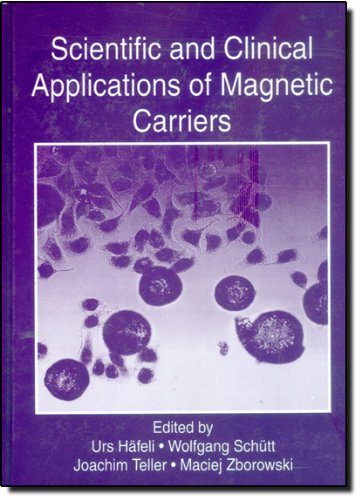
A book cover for Scientific and Clinical Applications of Magnetic Carriers; Science & Math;